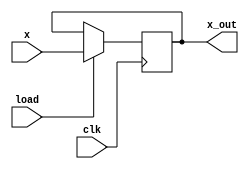
module Reg64(x,
                clk, load, 
                x_out
);

parameter N = 64; //tamanho do registrador parametrizvel

input[N-1:0] x;   //entrada
input clk, load;  
output reg[N-1:0] x_out; //sada


always @(posedge clk) begin

    if (load) begin
        x_out <= x;
    end

end

endmodule